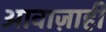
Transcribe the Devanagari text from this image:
आवाज़ाही